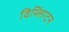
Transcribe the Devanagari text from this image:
विम्लिंग्टन